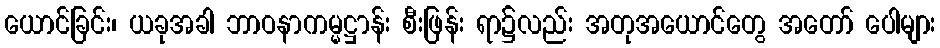
ယောင်ခြင်း၊ ယခုအခါ ဘာဝနာကမ္မဋ္ဌာန်း စီးဖြန်း ရာ၌လည်း အတုအယောင်တွေ အတော် ပေါများ